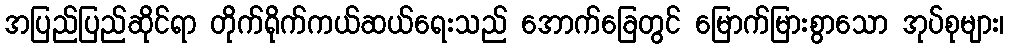
အပြည်ပြည်ဆိုင်ရာ တိုက်ရိုက်ကယ်ဆယ်ရေးသည် အောက်ခြေတွင် မြောက်မြားစွာသော အုပ်စုများ၊